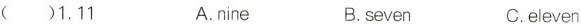
（）1.11 A.nine B.seven C.eleven